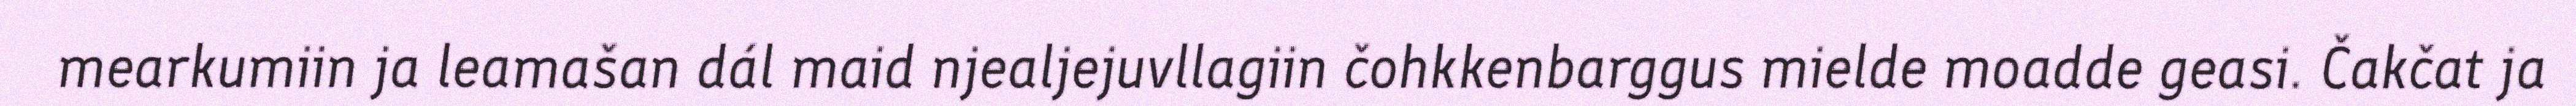
mearkumiin ja leamašan dál maid njealjejuvllagiin čohkkenbarggus mielde moadde geasi. Čakčat ja